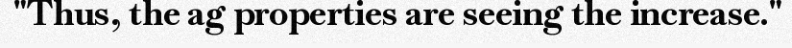
"Thus, the ag properties are seeing the increase."